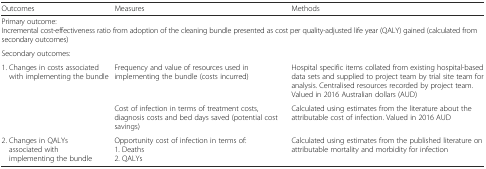
| Outcomes | <COLSPAN=2> Measures | Methods |
 | --- | --- | --- | --- |
 | <COLSPAN=4> Primary outcome:Incremental cost-effectiveness ratio from adoption of the cleaning bundle presented as cost per quality-adjusted life year (QALY) gained (calculated from secondary outcomes) |
 | <COLSPAN=4> Secondary outcomes: |
 | <ROWSPAN=2-COLSPAN=2> 1. Changes in costs associated with implementing the bundle | Frequency and value of resources used in implementing the bundle (costs incurred) | Hospital specific items collated from existing hospital-based data sets and supplied to project team by trial site team for analysis. Centralised resources recorded by project team. Valued in 2016 Australian dollars (AUD) |
 | Cost of infection in terms of treatment costs, diagnosis costs and bed days saved (potential cost savings) | Calculated using estimates from the literature about the attributable cost of infection. Valued in 2016 AUD |
 | <COLSPAN=2> 2. Changes in QALYs associated with implementing the bundle | Opportunity cost of infection in terms of:1. Deaths2. QALYs | Calculated using estimates from the published literature on attributable mortality and morbidity for infection |